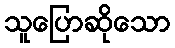
သူပြောဆိုသော